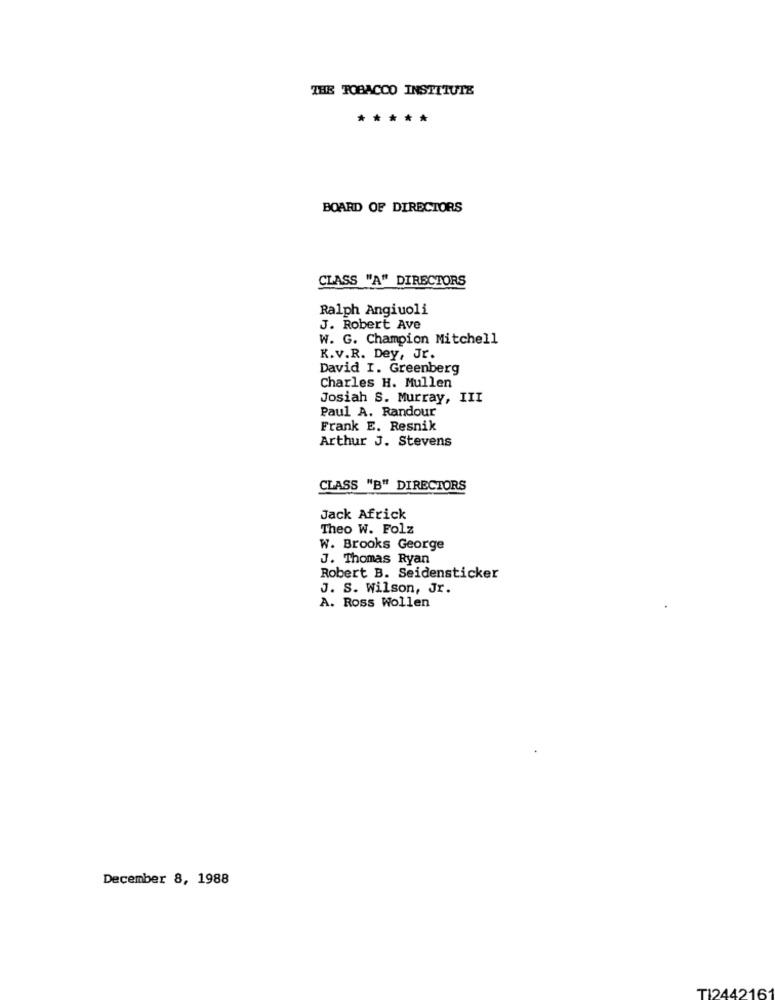
THE TOBACCO INSTITUTE
*****
BOARD OF DIRECTORS
CLASS "A" DIRECTORS
Ralph Angiuoli
J. Robert Ave
W. G. Champion Mitchell
K.v.R. Dey, Jr.
David I. Greenberg
Charles H. Mullen
Josiah S. Murray, III
Paul A. Randour
Frank E. Resnik
Arthur J. Stevens
CLASS "B" DIRECTORS
Jack Africk
Theo W. Folz
W. Brooks George
J. Thomas Ryan
Robert B. Seidensticker
J. S. Wilson, Jr.
A. Ross Wollen
December 8, 1988
TI244216